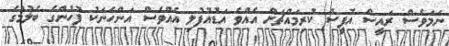
ނަމަވެސް ރައީސް އޮފީސް ކުރިމައްޗަށް އެއްވެ އަޑުއުފުލި އެއްވެސް އަންހެނަކު ފުހުންގެ ބެލުމުގެ